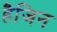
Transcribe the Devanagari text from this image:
हैजिन